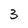
Character: 3